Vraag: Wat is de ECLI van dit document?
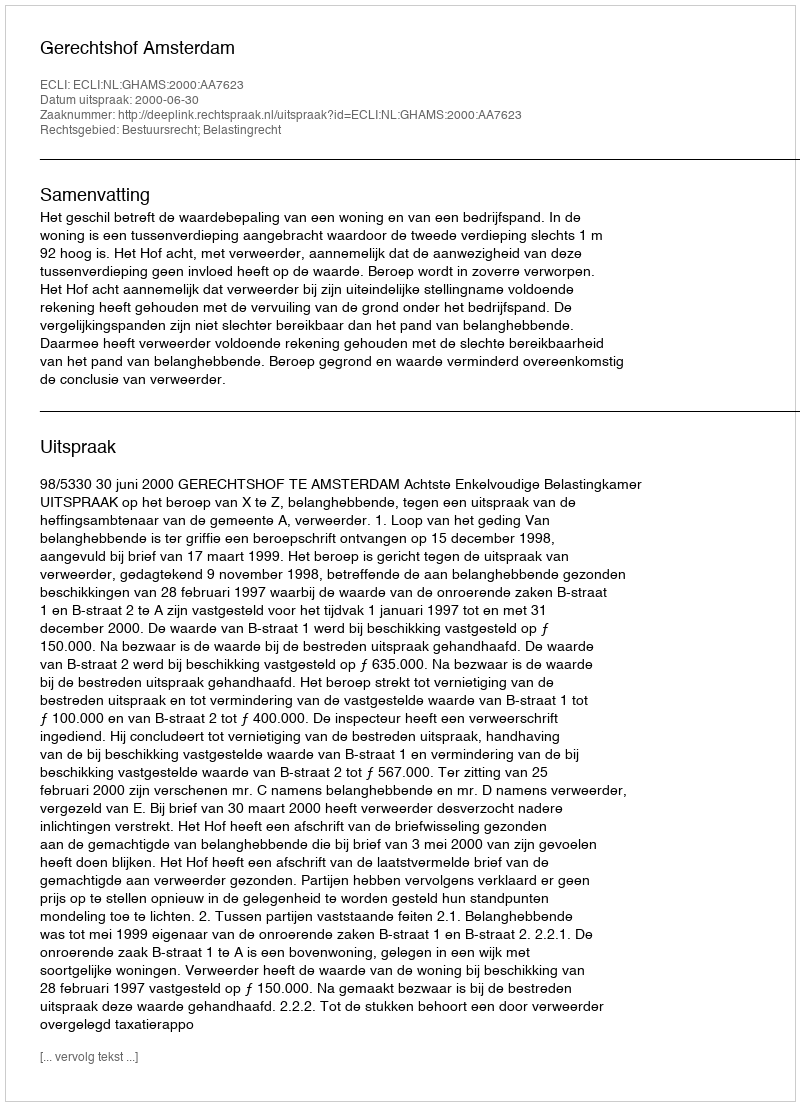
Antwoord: ECLI:NL:GHAMS:2000:AA7623